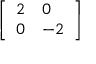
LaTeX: \left[ \begin{array} { l l } { 2 } & { 0 } \\ { 0 } & { - 2 } \end{array} \right]